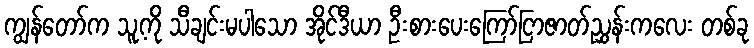
ကျွန်တော်က သူ့ကို သီချင်းမပါသော အိုင်ဒီယာ ဦးစားပေးကြော်ငြာဇာတ်ညွှန်းကလေး တစ်ခု